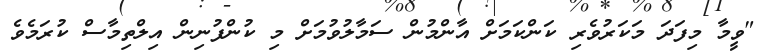
"ވީމާ މިފަދަ މަކަރުވެރި ކަންކަމަށް އާންމުން ސަމާލުވުމަށް މި ކުންފުނިން އިލްތިމާސް ކުރަމެވެ